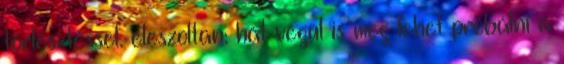
törlesztéssel. eleszoltan: hát végül is meg lehet próbálni a